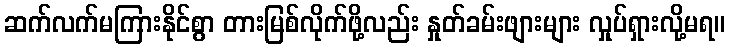
ဆက်လက်မကြားနိုင်စွာ တားမြစ်လိုက်ဖို့လည်း နှုတ်ခမ်းဖျားများ လှုပ်ရှားလို့မရ။